system: You are a helpful assistant.
user:
Analyze the provided spectrum to determine if it is a **White Dwarf (WD)**.

A White Dwarf spectrum is defined by its **extreme purity** (due to gravitational settling) and/or **extreme pressure broadening** (due to high surface gravity). You must check for one of the following mutually exclusive signatures:

- **Key Visual Indicators (Check for ONE of these types):**

    - **1. DA-Type Signature (Most Common):**
        - **(Primary Feature):** Extreme pressure broadening (Stark broadening) of the **Hydrogen (H) Balmer lines**.
        - **(Key Lines):** $H\beta$ (approx. $4861$ Å) and $H\gamma$ (approx. $4340$ Å). $H\alpha$ (approx. $6563$ Å) will also be present if the wavelength range covers it.
        - **(Line Profile):** This is the **defining feature**. The lines are **NOT** sharp. They appear as massive, **extremely broad and deep "troughs" or "dips"** in the spectrum, often hundreds of Ångströms wide. The continuum will appear to "scoop" down at these wavelengths.
        - **(Distinction):** Normal A-type or B-type stars have *narrow* and *sharp* Hydrogen lines. A DA White Dwarf's lines are unmistakably "smeared" or "blurry" from pressure.

    - **2. DB-Type Signature:**
        - **(Primary Feature):** Broad absorption lines from **Neutral Helium (He I)**. The spectrum must lack any visible Hydrogen lines.
        - **(Key Lines):** Look for broad absorption near $4471$ Å, $4921$ Å, and $5876$ Å.
        - **(Line Profile):** These lines are also significantly pressure-broadened, appearing much wider than they would in a normal B-type main-sequence star.

    - **3. DC-Type Signature:**
        - **(Primary Feature):** A **featureless continuous spectrum**.
        - **(Line Profile):** The spectrum is a smooth curve with **no significant absorption or emission lines**.
        - **(Key Confirmation):** The continuum is almost always **blue or white**, indicating a hot object. This signature implies the atmosphere is so pure (or so cool) that no spectral lines are visible in the optical range. Its WD identity is confirmed by its extremely low intrinsic brightness (high absolute magnitude).

    - **4. DZ-Type Signature (Metal-Polluted):**
        - **(Primary Feature):** **Isolated, narrow metal absorption lines** on an otherwise featureless (DC-like) continuum.
        - **(Key Lines):** The **Calcium (Ca II) H & K doublet** (approx. **$3934$ Å** and **$3968$ Å**) is the most common and defining feature.
        - **(Line Profile):** These lines are "out of place." They are *not* part of a "forest" of thousands of lines. This signature is evidence of recent *accretion* (pollution) from rocky debris.
        - **(Distinction):** Normal G/K/M stars have a *dense forest* of thousands of metal lines. A DZ has a *clean* continuum with *only a few* strong metal lines.

    - **5. DQ-Type Signature (Carbon-Polluted):**
        - **(Primary Feature):** Absorption bands from **Carbon (C₂ "Swan Bands" or atomic C I)**.
        - **(Key Lines - C₂):** Look for bandheads with a "saw-tooth" shape near $5635$ Å, **$5165$ Å** (strongest), and $4737$ Å.
        - **(Key Confirmation):** The underlying **continuum must be blue or white** (hot).
        - **(Distinction):** This is the critical difference from a **Carbon Star**, which has the *exact same* C₂ bands but on an extremely **red, cool** continuum.

- **(Overall Spectrum):**
    - The continuum (overall shape) is typically **blue-sloping** (brighter in the blue than the red), as most white dwarfs are very hot.
    - The spectrum will look "pure" or "simple," dominated by only *one* of the five signatures listed above.

Think first, call **spectral_visualization_tool** if needed to examine features in detail, then provide your final answer. Your response must adhere to the following strict rules:
1.  **Overall Structure:** Your response must follow the format `<think>...</think> <tool_call>...</tool_call> (if a tool is used) <answer>...</answer>`.
2.  **Tool Usage Constraint:** You may only make **one** tool call per turn.
3.  **Final Answer Format:** In the `<answer>` tag, your conclusion must be inside a `\boxed{}` command (e.g., `\boxed{YES}` or `\boxed{NO}`), followed by your justification.

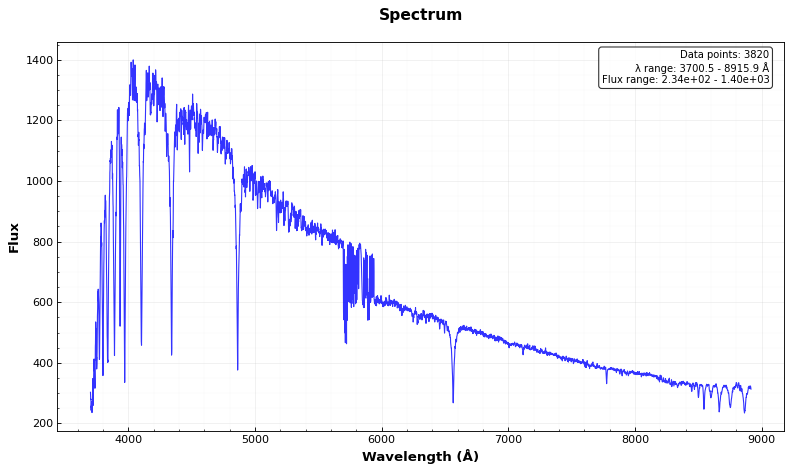
Answer: NO